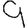
Digit: 9